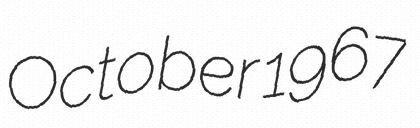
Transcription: October 1967